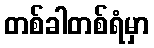
တစ်ခါတစ်ရံမှာ